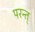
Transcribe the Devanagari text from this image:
परन्त्